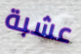
عشبة